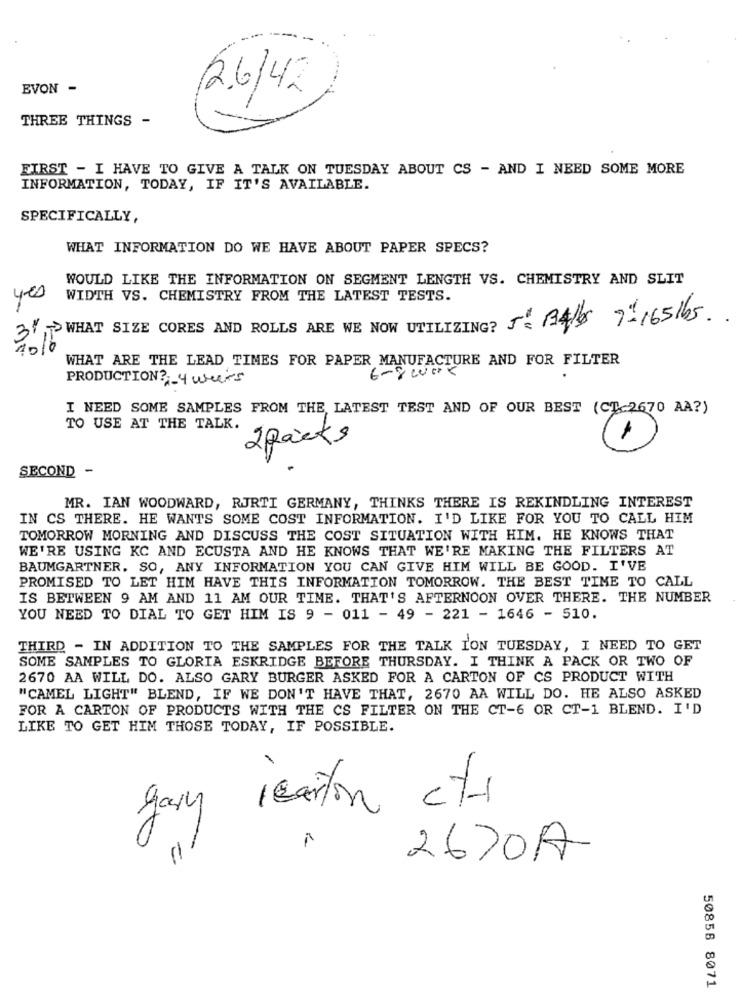
EVON -
2.6/42
THREE THINGS -
FIRST - I HAVE TO GIVE A TALK ON TUESDAY ABOUT CS - AND I NEED SOME MORE
INFORMATION, TODAY, IF IT'S AVAILABLE.
SPECIFICALLY,
WHAT INFORMATION DO WE HAVE ABOUT PAPER SPECS?
WOULD LIKE THE INFORMATION ON SEGMENT LENGTH VS. CHEMISTRY AND SLIT
4.00
WIDTH VS. CHEMISTRY FROM THE LATEST TESTS.
3%,WHAT SIZE CORES AND ROLLS ARE WE NOW UTILIZING?
WHAT ARE THE LEAD TIMES FOR PAPER MANUFACTURE AND FOR FILTER
6-8000k
PRODUCTION? - 4 users
I NEED SOME SAMPLES FROM THE LATEST TEST AND OF OUR BEST (CT-2670 AA?)
TO USE AT THE TALK.
2packs
D
SECOND -
MR. IAN WOODWARD, RJRTI GERMANY, THINKS THERE IS REKINDLING INTEREST
IN CS THERE. HE WANTS SOME COST INFORMATION. I'D LIKE FOR YOU TO CALL HIM
TOMORROW MORNING AND DISCUSS THE COST SITUATION WITH HIM. HE KNOWS THAT
WE'RE USING KC AND ECUSTA AND HE KNOWS THAT WE'RE MAKING THE FILTERS AT
BAUMGARTNER. SO, ANY INFORMATION YOU CAN GIVE HIM WILL BE GOOD. I'VE
PROMISED TO LET HIM HAVE THIS INFORMATION TOMORROW. THE BEST TIME TO CALL
IS BETWEEN 9 AM AND 11 AM OUR TIME. THAT'S AFTERNOON OVER THERE. THE NUMBER
YOU NEED TO DIAL TO GET HIM IS 9 - 011 - 49 - 221 - 1646 - 510.
THIRD - IN ADDITION TO THE SAMPLES FOR THE TALK ION TUESDAY, I NEED TO GET
SOME SAMPLES TO GLORIA ESKRIDGE BEFORE THURSDAY. I THINK A PACK OR TWO OF
2670 AA WILL DO. ALSO GARY BURGER ASKED FOR A CARTON OF CS PRODUCT WITH
"CAMEL LIGHT" BLEND, IF WE DON'T HAVE THAT, 2670 AA WILL DO. HE ALSO ASKED
FOR A CARTON OF PRODUCTS WITH THE CS FILTER ON THE CT-6 OR CT-1 BLEND. I'D
LIKE TO GET HIM THOSE TODAY, IF POSSIBLE.
gary 1carton cts
2670A
50856 8071